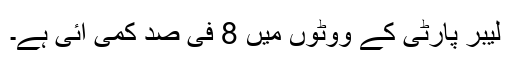
لیبر پارٹی کے ووٹوں میں 8 فی صد کمی آئی ہے۔